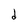
Character: d